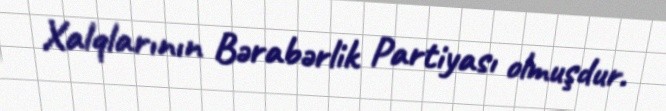
Xalqlarının Bərabərlik Partiyası olmuşdur.